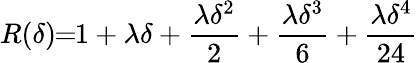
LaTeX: R(\delta)\! \! =\! \! 1+\lambda\delta+\frac{\lambda\delta^{2}}{2}+\frac{\lambda\delta^{3}}{6}+\frac{\lambda\delta^{4}}{24}